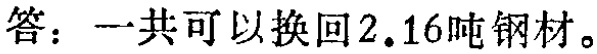
答：一共可以换回$2.16$吨钢材。